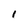
Character: 1